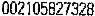
002105827328